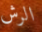
الرش